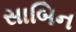
સાબિન